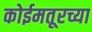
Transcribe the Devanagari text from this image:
कोईमतूरच्या